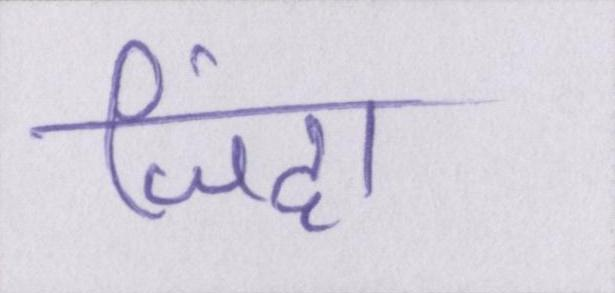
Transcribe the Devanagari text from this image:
जिंदा